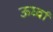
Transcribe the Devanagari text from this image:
ऊर्ध्वा